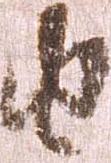
由